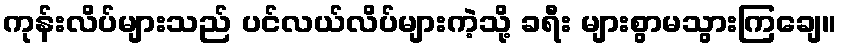
ကုန်းလိပ်များသည် ပင်လယ်လိပ်များကဲ့သို့ ခရီး များစွာမသွားကြချေ။